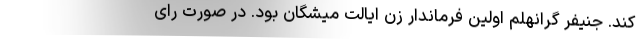
کند. جنیفر گرانهلم اولین فرماندار زن ایالت میشگان بود. در صورت رای